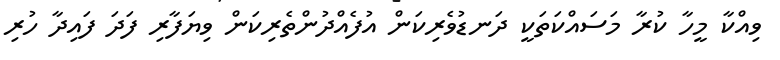
ވިއްކާ މީހާ ކުރާ މަސައްކަތަކީ ދަނޑުވެރިކަން އުފެއްދުންތެރިކަން ވިޔަފާރި ފަދަ ފައިދާ ހުރި